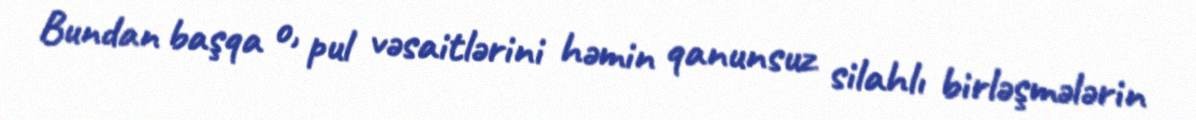
Bundan başqa o, pul vəsaitlərini həmin qanunsuz silahlı birləşmələrin